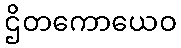
ဌိတကောယေဝ